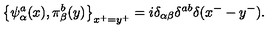
\left\{ \psi _ { \alpha } ^ { a } ( x ) , \pi _ { \beta } ^ { b } ( y ) \right\} _ { x ^ { + } = y ^ { + } } = i \delta _ { \alpha \beta } \delta ^ { a b } \delta ( x ^ { - } - y ^ { - } ) .